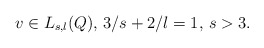
\begin{align*}v\in L_{s,l}(Q),\, 3/s+2/l=1,\, s>3.\end{align*}